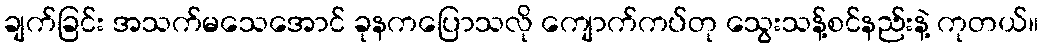
ချက်ခြင်း အသက်မသေအောင် ခုနကပြောသလို ကျောက်ကပ်တု သွေးသန့်စင်နည်းနဲ့ ကုတယ်။